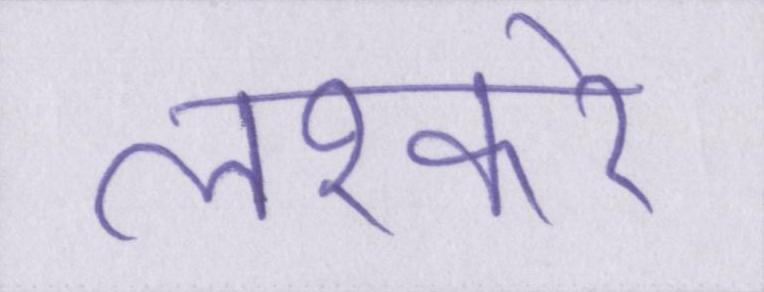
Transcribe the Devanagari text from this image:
लश्करे